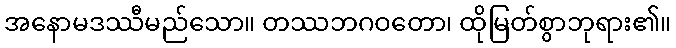
အနောမဒဿီမည်သော။ တဿဘဂဝတော၊ ထိုမြတ်စွာဘုရား၏။